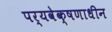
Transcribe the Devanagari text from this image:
पर्यवेक्षणाधीन